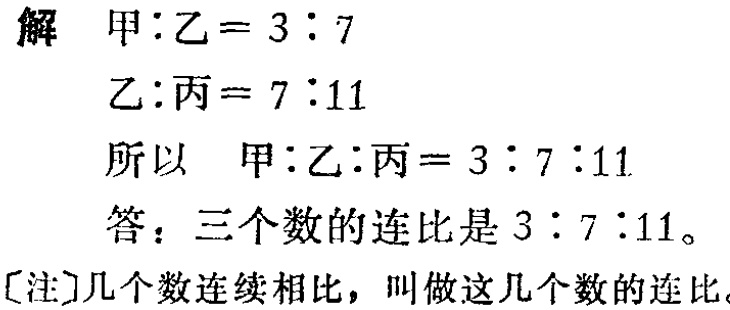
解 甲:乙 = 3 : 7

乙:丙 = 7 :11

所以 甲:乙:丙 = 3 : 7 :11

答：三个数的连比是 3 : 7 :11。

[注]几个数连续相比，叫做这几个数的连比。